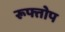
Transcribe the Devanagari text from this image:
रूफ्तोप